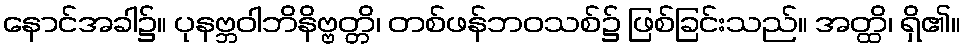
နောင်အခါ၌။ ပုနဗ္ဘဝါဘိနိဗ္ဗတ္တိ၊ တစ်ဖန်ဘဝသစ်၌ ဖြစ်ခြင်းသည်။ အတ္ထိ၊ ရှိ၏။